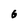
Character: 6